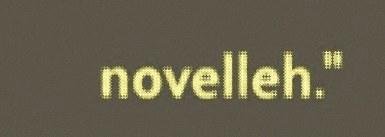
novelleh."